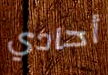
أحادي